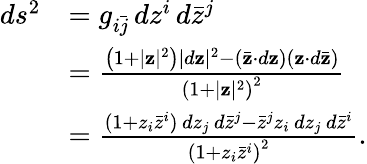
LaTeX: {\begin{array}{rl}{ds^{2}}&{=g_{i{\bar{j}}}\, dz^{i}\, d{\bar{z}}^{j}}\\ &{={\frac{\left(1+|\mathbf{z}|{\vphantom{l}}^{2}\right)|d\mathbf{z}|^{2}-({\bar{\mathbf{z}}}\cdot d\mathbf{z})(\mathbf{z}\cdot d{\bar{\mathbf{z}}})}{\left(1+|\mathbf{z}|{\vphantom{l}}^{2}\right)^{2}}}}\\ &{={\frac{(1+z_{i}{\bar{z}}^{i})\, dz_{j}\, d{\bar{z}}^{j}-{\bar{z}}^{j}z_{i}\, dz_{j}\, d{\bar{z}}^{i}}{\left(1+z_{i}{\bar{z}}^{i}\right)^{2}}}.}\end{array}}